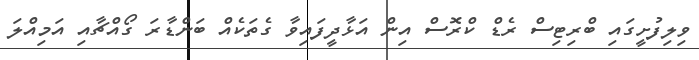
ވިލިފުށީގައި ބްރިޓިސް ރެޑް ކްރޮސް އިން އަޅާދީފައިވާ ގެތަކެއް ބަންޑާރަ ގޯއްޗާއި އަމިއްލަ